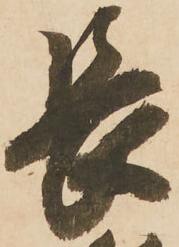
長